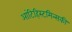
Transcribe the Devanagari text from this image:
आंटिहिस्टमिन्सकी